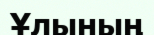
Ұлының